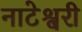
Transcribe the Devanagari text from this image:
नाटेश्वरी